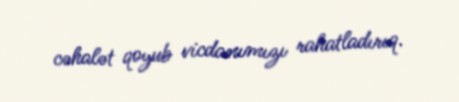
cəhalət qoyub vicdanımızı rahatladırıq.